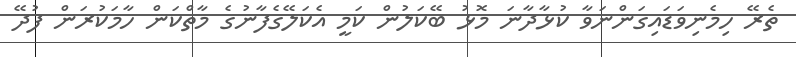
ތެރޭ ހިމެނިވަޑައިގަންނަވާ ކުޅާދާނަ މޮޅު ބޭކަލުން ކަމީ އެކަލޭގެފާނުގެ މާތްކަން ހާމަކުރަން ފުދޭ